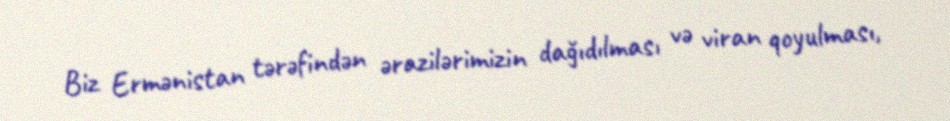
Biz Ermənistan tərəfindən ərazilərimizin dağıdılması və viran qoyulması,